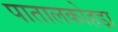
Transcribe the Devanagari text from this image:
पातालकोहड़ा